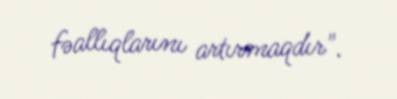
fəallıqlarını artırmaqdır".